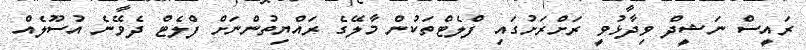
ރައީސް ނަޝީދް ވިދާޅުވީ ރަށްރަށުގައި ފްލެޓްތަކުން މާލޭގެ ރައްޔިތުންނަށް ފްލެޓް ދެވޭނެ އުސޫލެއް